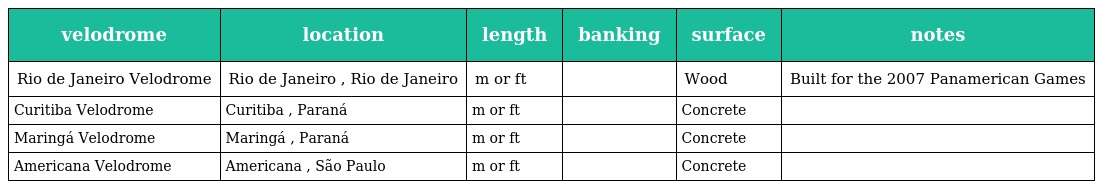
| velodrome | location | length | banking | surface | notes |
 | --- | --- | --- | --- | --- | --- |
 | Rio de Janeiro Velodrome | Rio de Janeiro , Rio de Janeiro | m or ft |  | Wood | Built for the 2007 Panamerican Games |
 | Curitiba Velodrome | Curitiba , Paraná | m or ft |  | Concrete |  |
 | Maringá Velodrome | Maringá , Paraná | m or ft |  | Concrete |  |
 | Americana Velodrome | Americana , São Paulo | m or ft |  | Concrete |  |